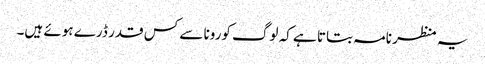
یہ منظر نامہ بتاتا ہے کہ لوگ کورونا سے کس قدر ڈرے ہوئے ہیں۔